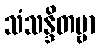
သံသန္ဒိတဗ္ဗာ